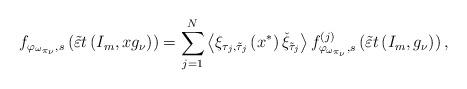
LaTeX: \begin{align*}f_{\varphi_{\omega_{\pi_{\nu}}},s}\left(\tilde{\varepsilon} t\left(I_m,xg_\nu\right)\right)=\sum_{j=1}^{N}\left<\xi_{\tau_{j},\tilde{\tau}_{j}}\left(x^*\right)\check{\xi}_{\tilde{\tau}_{j}}\right>f^{(j)}_{\varphi_{\omega_{\pi_{\nu}}},s}\left(\tilde{\varepsilon} t\left(I_m,g_\nu\right)\right),\end{align*}